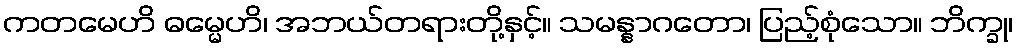
ကတမေဟိ ဓမ္မေဟိ၊ အဘယ်တရားတို့နှင့်။ သမန္နာဂတော၊ ပြည့်စုံသော။ ဘိက္ခု၊